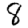
Digit: 8